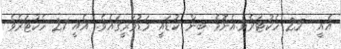
އެއީ  25 ހެކުޓަރެވެ.އެނޮމެ ބިން ކުޑައީ މަޑުވަރީގައެވެ. އެއީ 21 ހެކުޓަރެވެ.